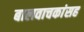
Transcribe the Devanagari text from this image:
बालवाचकांसह